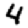
Digit: 4